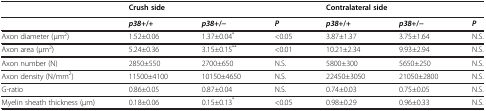
|  | <COLSPAN=3> Crush side | <COLSPAN=3> Contralateral side |
 | --- | --- | --- | --- | --- | --- | --- |
 |  | p38+/+ | p38+/− | P | p38+/+ | p38+/− | P |
 | Axon diameter (μm2) | 1.52±0.06 | 1.37±0.04* | <0.05 | 3.87±1.37 | 3.75±1.64 | N.S. |
 | Axon area (μm2) | 5.24±0.36 | 3.15±0.15** | <0.01 | 10.21±2.34 | 9.93±2.94 | N.S. |
 | Axon number (N) | 2850±550 | 2700±650 | N.S. | 5800±300 | 5650±250 | N.S. |
 | Axon density (N/mm2) | 11500±4100 | 10150±4650 | N.S. | 22450±3050 | 21050±2800 | N.S. |
 | G-ratio | 0.86±0.05 | 0.87±0.04 | N.S. | 0.74±0.03 | 0.75±0.05 | N.S. |
 | Myelin sheath thickness (μm) | 0.18±0.06 | 0.15±0.13* | <0.05 | 0.98±0.29 | 0.96±0.33 | N.S. |